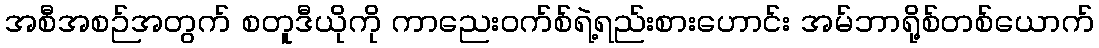
အစီအစဉ်အတွက် စတူဒီယိုကို ကာညေးဝက်စ်ရဲ့ရည်းစားဟောင်း အမ်ဘာရို့စ်တစ်ယောက်